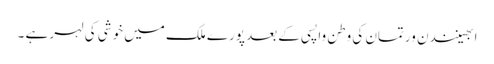
ابھینندن ورتمان کی وطن واپسی کے بعد پورے ملک میں خوشی کی لہر ہے ۔